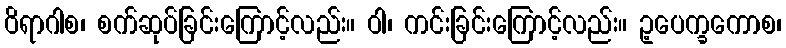
ဝိရာဂါစ၊ စက်ဆုပ်ခြင်းကြောင့်လည်း။ ဝါ၊ ကင်းခြင်းကြောင့်လည်း။ ဥ့ပေက္ခကောစ၊